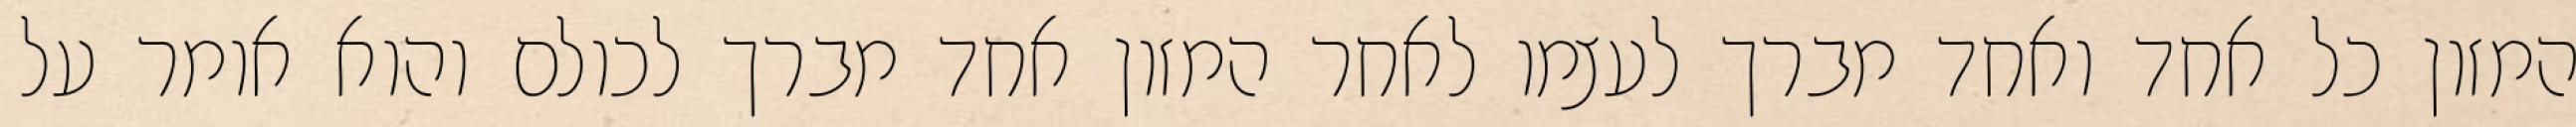
המזון כל אחד ואחד מברך לעצמו לאחר המזון אחד מברך לכולם והוא אומר על